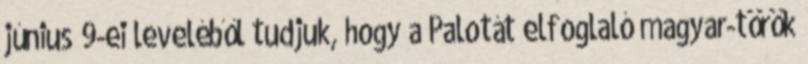
június 9-ei leveléből tudjuk, hogy a Palotát elfoglaló magyar-török